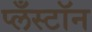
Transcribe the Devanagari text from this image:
प्लँस्टॉन